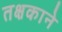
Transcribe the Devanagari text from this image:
तक्षकाने